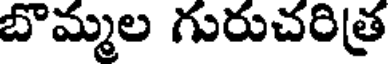
బొమ్మల గురుచరిత్ర